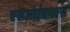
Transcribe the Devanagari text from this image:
एसआईएमएस